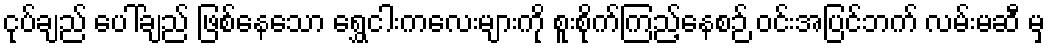
ငုပ်ချည် ပေါ်ချည် ဖြစ်နေသော ရွှေငါးကလေးများကို စူးစိုက်ကြည့်နေစဉ် ဝင်းအပြင်ဘက် လမ်းမဆီ မှ